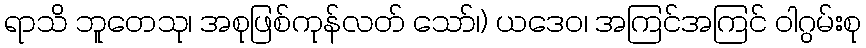
ရာသိ ဘူတေသု၊ အစုဖြစ်ကုန်လတ် သော်၊) ယဒေဝ၊ အကြင်အကြင် ဝါဂွမ်းစု